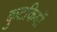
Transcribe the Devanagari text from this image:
कुटकियों